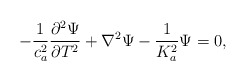
\begin{align*}-\frac{1}{c_a^2}\frac{\partial^2 \Psi}{\partial T^2}+\nabla^2\Psi -\frac{1}{K_a^2}\Psi=0,\end{align*}